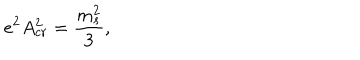
LaTeX: e ^ { 2 } A _ { c r } ^ { 2 } = { \frac { m _ { s } ^ { 2 } } { 3 } } ,